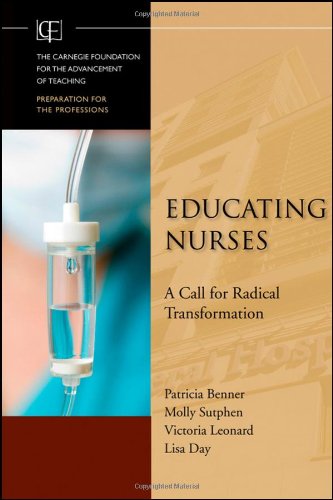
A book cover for Educating Nurses: A Call for Radical Transformation; Patricia Benner; Test Preparation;